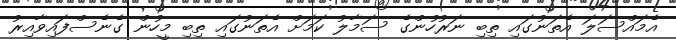
އެމައްސަލަ އެތަނުގައި ތިބި ނަރުހުންގެ ސަމާލު ކަމަށް އެތަނުގައި ތިބި މީހުން ގެނެސްފައިވާއިރު